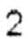
2